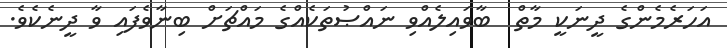
އަހަރެމެންގެ ދީނަކީ މާތް  ބާވައިލެއްވި ނައްޞުތަކެއްގެ މައްޗަށް ބިނާވެފައި ވާ ދީނެކެވެ.